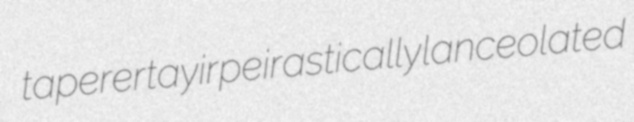
taperer tayir peirastically lanceolated